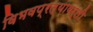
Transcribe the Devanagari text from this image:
विभवप्रत्यावर्ती